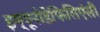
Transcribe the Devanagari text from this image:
इम्यूनोडेफिसिएंसी